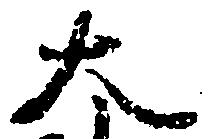
大